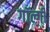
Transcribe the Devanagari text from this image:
गॉल्गी